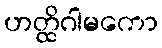
ဟတ္ထိဂါမကော